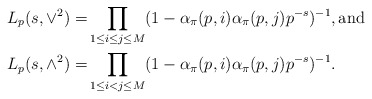
\begin{align*} L_p(s, \vee^2) =& \prod_{1 \leq i \leq j \leq M}(1-\alpha_{\pi}(p, i)\alpha_{\pi}(p, j)p^{-s})^{-1}, \mbox{and} \\ L_p(s, \wedge^2)=& \prod_{1 \leq i < j \leq M}(1-\alpha_{\pi}(p, i)\alpha_{\pi}(p, j)p^{-s})^{-1}.\end{align*}